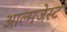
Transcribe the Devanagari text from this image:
आल्मजेस्ट